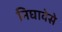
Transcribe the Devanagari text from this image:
निघावेसे